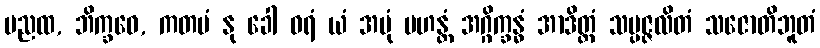
မညထ, ဘိက္ခဝေ, ကတမံ နု ခေါ ဝရံ ယံ အမုံ မဟန္တံ အဂ္ဂိက္ခန္ဓံ အာဒိတ္တံ သမ္ပဇ္ဇလိတံ သဇောတိဘူတံ